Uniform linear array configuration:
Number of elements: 24
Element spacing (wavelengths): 1
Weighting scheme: hann
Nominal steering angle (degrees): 0
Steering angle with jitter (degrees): -1.75
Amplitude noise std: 0.05
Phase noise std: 0.05

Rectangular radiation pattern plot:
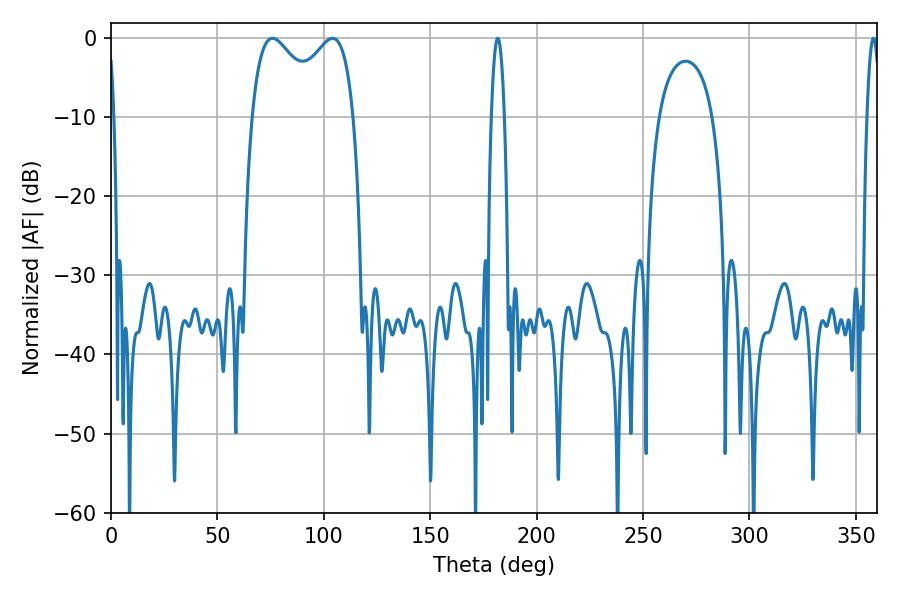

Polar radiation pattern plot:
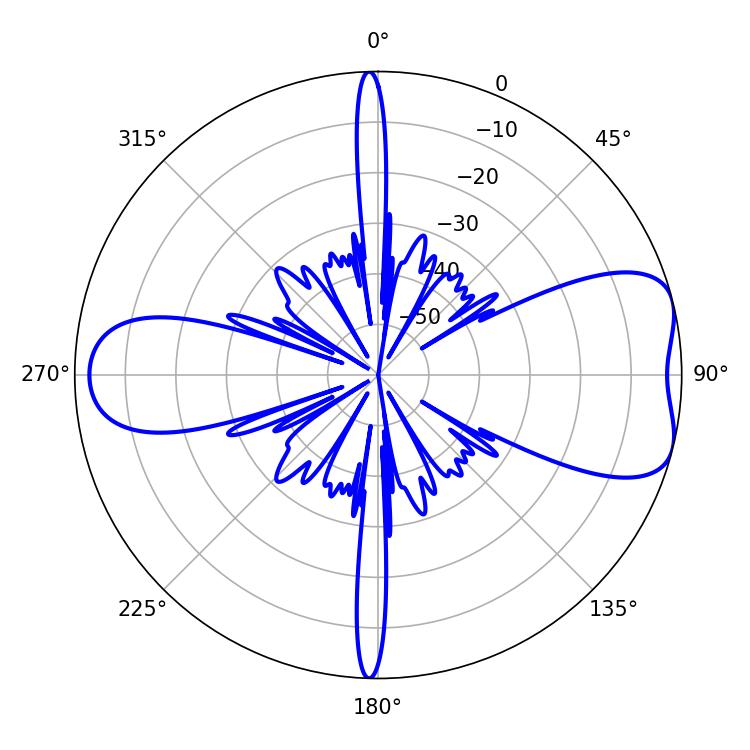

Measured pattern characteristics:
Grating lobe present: TRUE
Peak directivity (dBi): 7.084
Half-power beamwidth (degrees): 39.96
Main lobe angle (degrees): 104.04